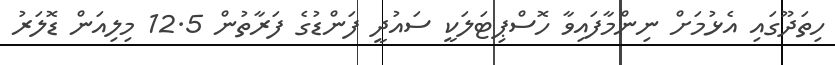
ހިތަދޫގައި އެޅުމަށް ނިންމާފައިވާ ހޮސްޕިޓަލަކީ ސައުދީ ފަންޑުގެ ފަރާތުން 12.5 މިލިއަން ޑޮލަރު